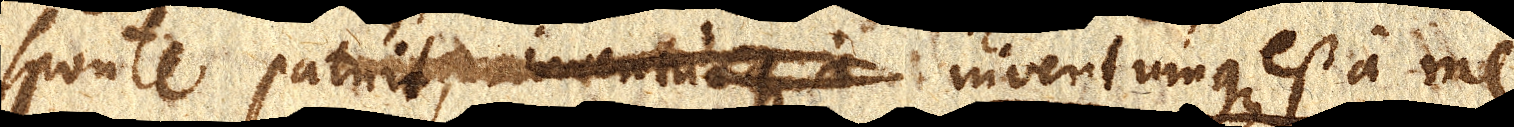
sponte patuit, inventumque a inventumque est a me